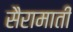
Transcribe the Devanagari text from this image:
सैरामाती